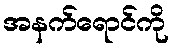
အနက်ရောင်ကို